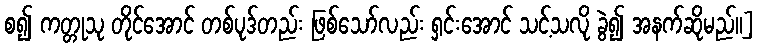
စ၍ ကတ္တုသု တိုင်အောင် တစ်ပုဒ်တည်း ဖြစ်သော်လည်း ရှင်းအောင် သင့်သလို ခွဲ၍ အနက်ဆိုမည်။]